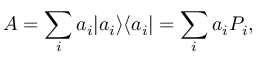
A = \sum _ { i } a _ { i } | a _ { i } \rangle \langle a _ { i } | = \sum _ { i } a _ { i } P _ { i } ,